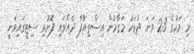
މި މަހުގެ 23 ވަނަ ދުވަހު މަގާމުން އިސްތިއުފާ ދެއްވައި ފޮނުވި ސިޓީގައިވަނީ